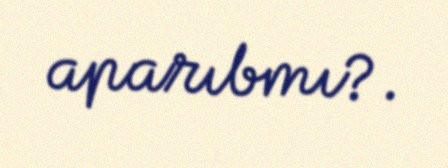
aparıbmı?.